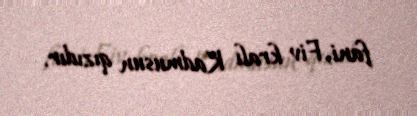
fani, Fiv kralı Kadmusun qızıdır.